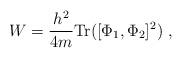
\begin{align*}W={h^2\over 4m}{\rm Tr}([\Phi_1,\Phi_2]^2)\ ,\end{align*}